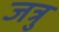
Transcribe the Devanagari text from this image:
जत्रु